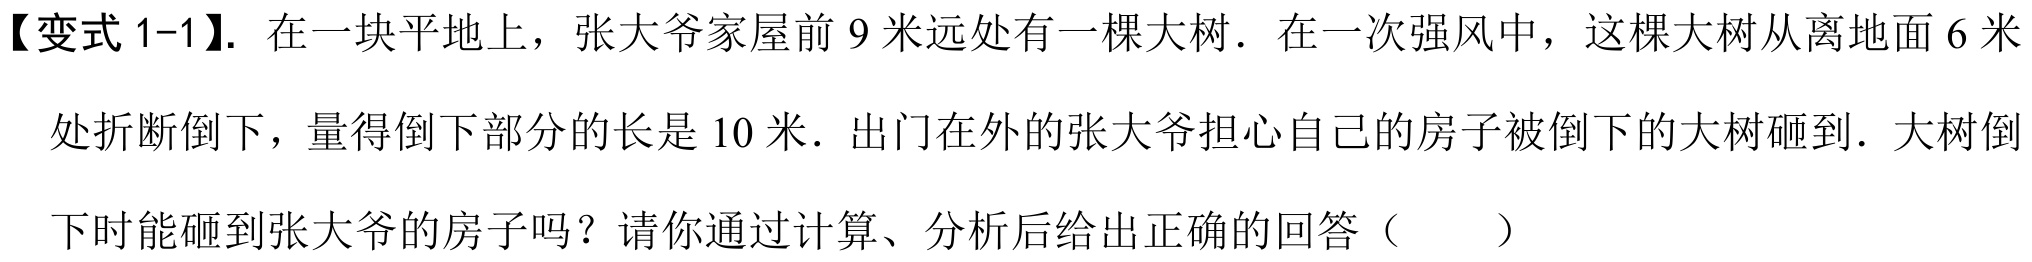
【变式 1-1】. 在一块平地上，张大爷家屋前 \(9\) 米远处有一棵大树．在一次强风中，这棵大树从离地面 \(6\) 米
处折断倒下，量得倒下部分的长是 \(10\) 米．出门在外的张大爷担心自己的房子被倒下的大树砸到．大树倒
下时能砸到张大爷的房子吗？请你通过计算、分析后给出正确的回答（  ）